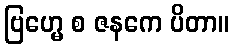
ဗြဟ္မေ စ ဇနကေ ပိတာ။